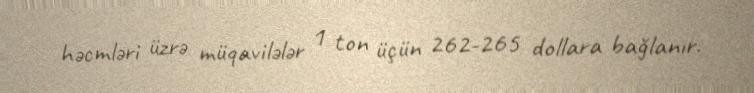
həcmləri üzrə müqavilələr 1 ton üçün 262-265 dollara bağlanır.